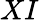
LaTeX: XI